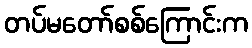
တပ်မတော်စစ်ကြောင်းက